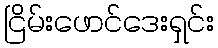
ငြိမ်းဖောင်ဒေးရှင်း